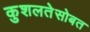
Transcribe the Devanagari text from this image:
कुशलतेसोबत